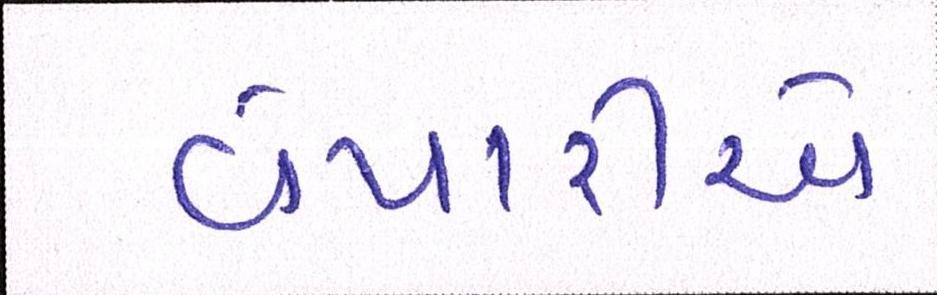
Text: વેપારીએ